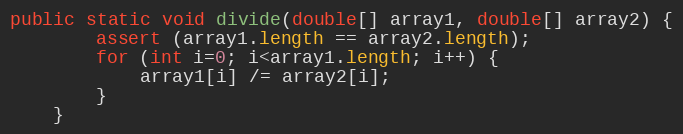
Language: Java
public static void divide(double[] array1, double[] array2) {
        assert (array1.length == array2.length);
        for (int i=0; i<array1.length; i++) {
            array1[i] /= array2[i];
        }
    }